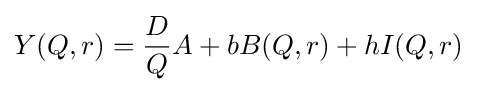
Y(Q,r)={\frac {D}{Q}}A+bB(Q,r)+hI(Q,r)